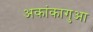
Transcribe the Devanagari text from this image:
अकांकागुआ